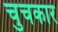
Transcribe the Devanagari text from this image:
चुचकार